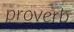
proverb